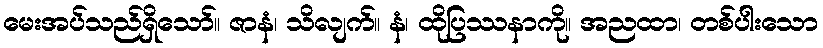
မေးအပ်သည်ရှိသော်။ ဇာနံ၊ သိလျက်။ နံ၊ ထိုပြဿနာကို။ အညထာ၊ တစ်ပါးသော